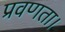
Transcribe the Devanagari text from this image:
प्रवणता।